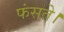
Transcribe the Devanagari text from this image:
फंसते।